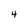
Character: 4